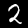
Digit: 2